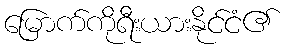
မြောက်ကိုရီးယားနိုင်ငံ၏